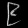
Digit: ၉